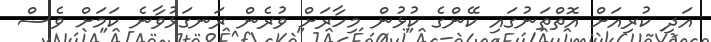
އަދި ކުރިއަށް އޮތްތަނުގައި ކޭންގެ ކުޅުން މިހާރަށް ވުރެން ރަނގަޅުވާނެ ކަމަށް ވެސް